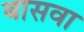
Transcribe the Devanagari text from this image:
बासवा